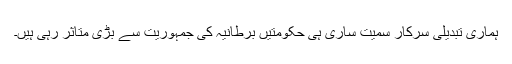
ہماری تبدیلی سرکار سمیت ساری ہی حکومتیں برطانیہ کی جمہوریت سے بڑی متاثر رہی ہیں۔